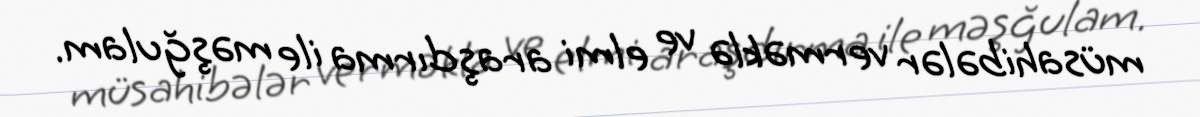
müsahibələr verməklə ve elmi araşdırma ile məşğulam.